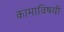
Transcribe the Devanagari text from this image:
कामाविषयी